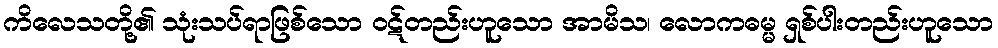
ကိလေသတို့၏ သုံးသပ်ရာဖြစ်သော ဝဋ်တည်းဟူသော အာမိသ၊ လောကဓမ္မ ရှစ်ပါးတည်းဟူသော